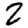
Digit: 2